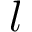
l